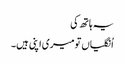
یہ ہاتھ کی
اُنگلیاں تو میری اپنی ہیں۔